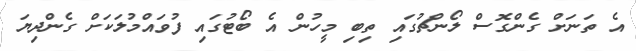
އެ ތަނަށް ގެންގޮސް ލޯންޗުގައި ތިބި މީހުން އެ ބޯޓުގައި ފުވައްމުލަކަށް ގެންދިޔަ